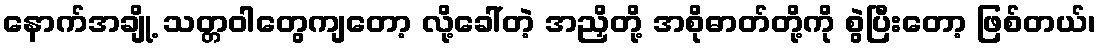
နောက်အချို့ သတ္တဝါတွေကျတော့ လို့ခေါ်တဲ့ အညှိတို့ အစိုဓာတ်တို့ကို စွဲပြီးတော့ ဖြစ်တယ်၊